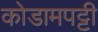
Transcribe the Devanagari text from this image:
कोडामपट्टी